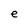
Character: e